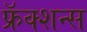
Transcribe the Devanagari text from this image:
फ्रॅक्शन्स